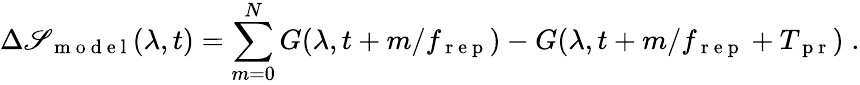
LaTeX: \Delta\mathscr{S}_{\mathrm{{~m~o~d~e~l~}}}(\lambda,t)=\sum_{m=0}^{N}G(\lambda,t+m/f_{\mathrm{{~r~e~p~}}})-G(\lambda,t+m/f_{\mathrm{{~r~e~p~}}}+T_{\mathrm{{~p~r~}}})\; .